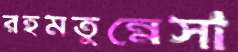
রহমতুন্নেসা